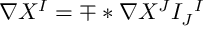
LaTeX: \nabla X ^ { I } = \mp * \nabla X ^ { J } I _ { J } { } ^ { I }